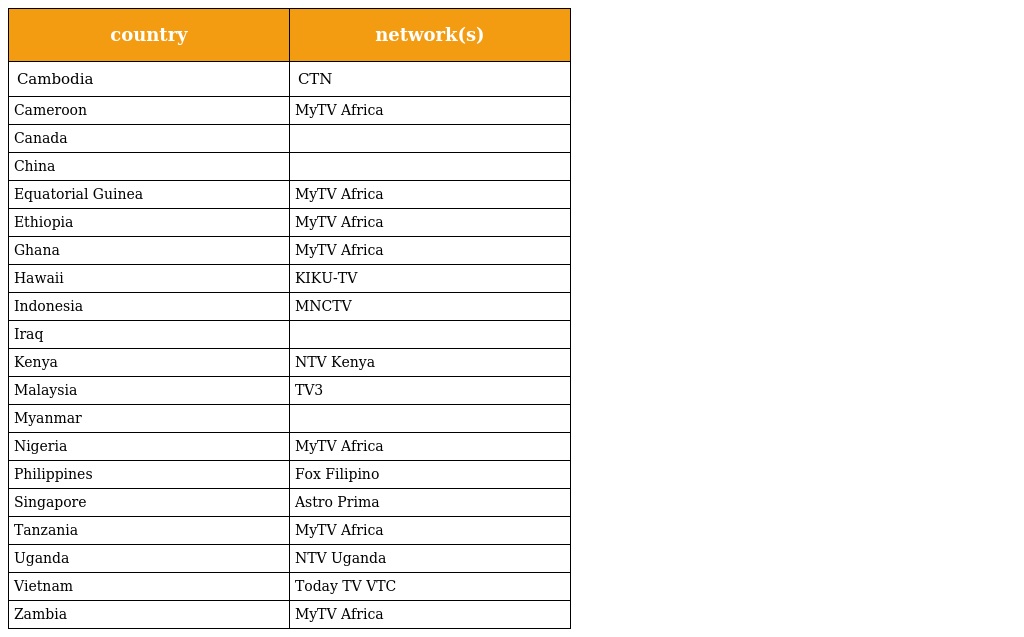
| country | network(s) |
 | --- | --- |
 | Cambodia | CTN |
 | Cameroon | MyTV Africa |
 | Canada |  |
 | China |  |
 | Equatorial Guinea | MyTV Africa |
 | Ethiopia | MyTV Africa |
 | Ghana | MyTV Africa |
 | Hawaii | KIKU-TV |
 | Indonesia | MNCTV |
 | Iraq |  |
 | Kenya | NTV Kenya |
 | Malaysia | TV3 |
 | Myanmar |  |
 | Nigeria | MyTV Africa |
 | Philippines | Fox Filipino |
 | Singapore | Astro Prima |
 | Tanzania | MyTV Africa |
 | Uganda | NTV Uganda |
 | Vietnam | Today TV VTC |
 | Zambia | MyTV Africa |